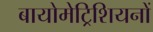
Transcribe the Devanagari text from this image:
बायोमेट्रिशियनों